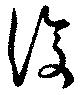
復